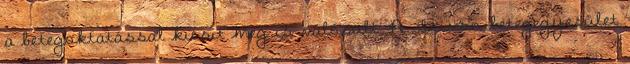
a betegoktatással kicsit meg is valósult. A Szívsn betegegyesület